Punjab Mental Hospital Lahore 1922-31 - 1922-1931
Year: 1922
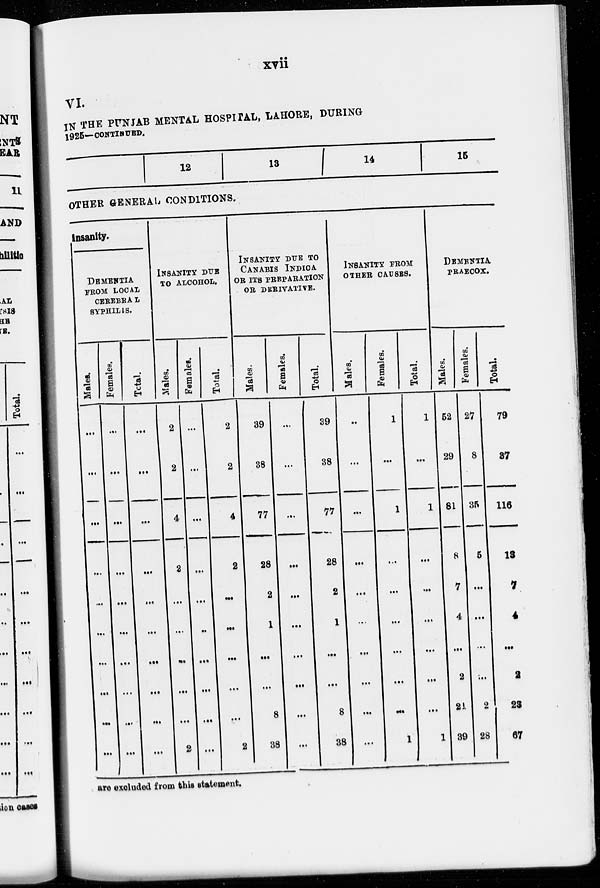
xvii
VI.
IN THE PUNJAB MENTAL HOSPITAL, LAHORE, DURING
1925—CONTINUED.
12
13
14
15
OTHER GENERAL CONDITIONS.
Insanity.
DEMENTIA
FROM LOCAL
CEREBRAL
SYPHILIS.
Males.
...
...
...
...
...
...
...
...
...
...
Females.
...
...
...
...
...
...
...
...
...
...
Total.
...
...
...
...
...
...
...
...
...
...
INSANITY DUE
TO ALCOHOL.
Males.
2
2
4
2
...
...
...
...
...
2
Females.
...
...
...
...
...
...
...
...
...
...
Total.
2
2
4
2
...
...
...
...
...
2
INSANITY DUE TO
CANABIS INDICA
OR ITS PREPARATION
OR DERIVATIVE.
Males.
39
38
11
28
2
1
...
...
8
38
Females.
...
...
...
...
...
...
...
...
...
...
Total.
39
38
11
28
2
1
...
...
8
38
INSANITY FROM
OTHER CAUSES.
Males.
...
...
...
...
...
...
...
...
...
...
Females.
1
...
1
...
...
...
...
...
...
1
Total.
1
...
1
...
...
...
...
...
...
1
DEMENTIA
PRAECOX.
Males.
52
29
81
8
7
4
...
2
21
39
Females.
27
8
35
5
...
...
...
...
2
28
Total.
79
37
116
13
7
...
...
2
23
67
are excluded from this statement.